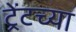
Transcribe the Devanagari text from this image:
ट्रेंटच्या